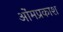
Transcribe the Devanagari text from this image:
ओंमप्रकाश